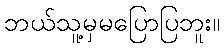
ဘယ်သူ့မှမပြောပြဘူး။